Report of the Hyderabad Chloroform Commission
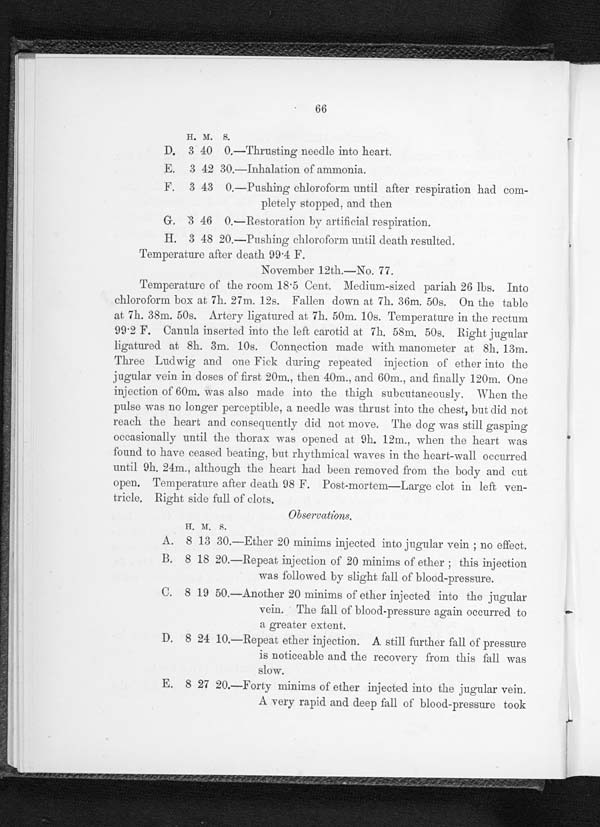
66
H. M. s.
D. 3 40 0.—Thrusting needle into heart,
E. 3 42 30.—Inhalation of ammonia.
F. 3 43 0.—Pushing chloroform until after respiration had com-
pletely stopped, and then
G. 3 46 0.—Restoration by artificial respiration.
H. 3 48 20.—Pushing chloroform until death resulted.
Temperature after death 99 .4 F.
November 12th.—No. 77.
Temperature of the room 18·5 Cent. Medium-sized pariah 26 lbs. Into
chloroform box at 7h. 27m. 12s. Fallen clown at 7h. 36m. 50s. On the table
at 7h. 38m. 50s. Artery ligatured at 7h. 50m. 10s. Temperature in the rectum
99 . 2 F. Canula inserted into the left carotid at 7h. 58m. 50s. Right jugular
ligatured at 8h. 3m. 10s. Connection made with manometer at 8h. 13m.
Three Ludwig and one Fick during repeated injection of ether into the
jugular vein in doses of first 20m., then 40m., and 60m., and finally 120m. One
injection of 60m. was also made into the thigh subcutaneously. When the
pulse was no longer perceptible, a. needle was thrust into the chest, but did not
reach the heart, and consequently did not move. The dog was still gasping
occasionally until the thorax was opened at 9h. 12m., when the heart was
found to have ceased beating, but rhythmical waves in the heart-wall occurred
until 9h. 24m., although the heart had been removed from the body and cut
open. Temperature after death 98 F. Post-mortem—Large clot in left ven-
t r i c l e . Ri g h t s i d e f u l l o f c l o t s .
Obervations .
H. M. S.
A. 8 13 30.—Ether 20 minims injected into jugular vein ; no effect.
B. 8 18 20.—Repeat injection of 20 minims of ether ; this injection
was followed by slight fall of blood-pressure.
C. 8 19 50.—Another 20 minims of ether injected into the jugular
vein. The fall of blood-pressure again occurred to
a greater extent.
D. 8 24 10.—Repeat ether injection. A still further fall of pressure
is noticeable and the recovery from this fall was
slow.
E. 8 27 20.—Forty minims of ether injected into the jugular vein.
A very rapid and deep fall of blood-pressure took